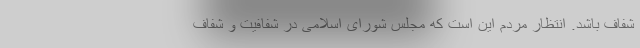
شفاف باشد. انتظار مردم این است که مجلس شورای اسلامی در شفافیت و شفاف